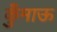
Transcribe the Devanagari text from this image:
कुँमाऊ